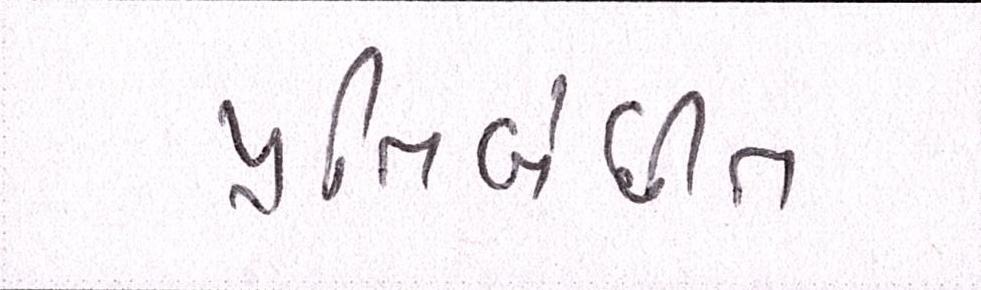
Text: પ્રતિબંધીત